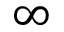
\infty